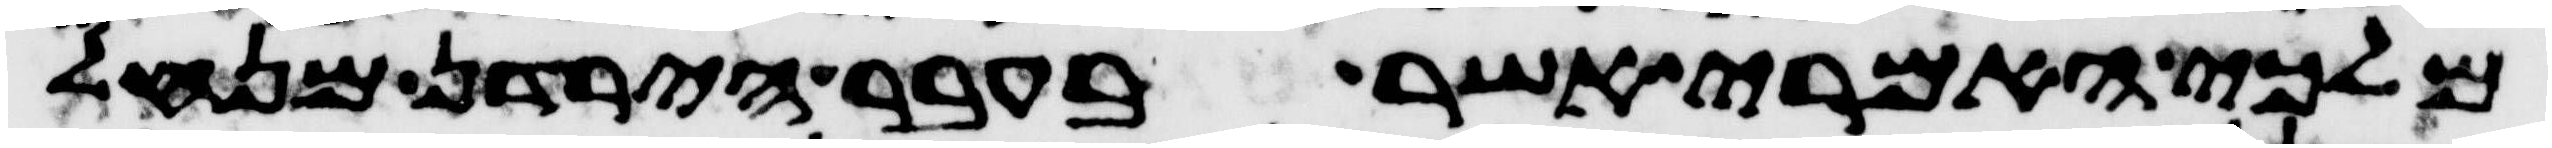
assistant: מלכי האמרי אשר בעבר הירדן מנחל